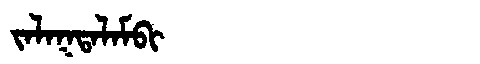
Manchu: ᠵᠠᠯᠠᡴᡨᠠᠯᠠᠮᠪᡳ
Romanization: JALAKTALAMBI